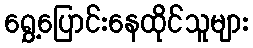
ရွှေ့ပြောင်းနေထိုင်သူများ